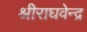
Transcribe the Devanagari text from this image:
श्रीराघवेन्द्र